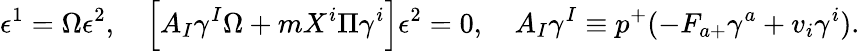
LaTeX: \epsilon^{1}=\Omega\epsilon^{2},\quad\Big[A_{I}\gamma^{I}\Omega+mX^{i}\Pi\gamma^{i}\Big]\epsilon^{2}=0,\quad A_{I}\gamma^{I}\equiv p^{+}(-F_{a+}\gamma^{a}+v_{i}\gamma^{i}).